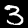
Label: 3